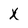
Character: x